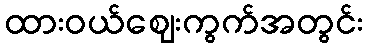
ထားဝယ်ဈေးကွက်အတွင်း